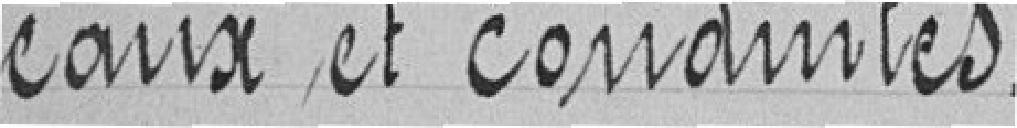
eaux et conduites